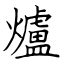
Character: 爐